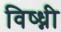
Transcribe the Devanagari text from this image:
विष्ध्नी